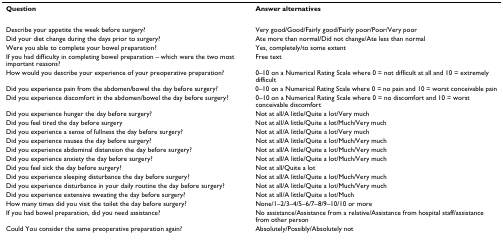
<table><thead><tr><td><b>Question</b></td><td><b>Answer alternatives</b></td></tr></thead><tbody><tr><td>Describe your appetite the week before surgery?</td><td>Very good/Good/Fairly good/Fairly poor/Poor/Very poor</td></tr><tr><td>Did your diet change during the days prior to surgery?</td><td>Ate more than normal/Did not change/Ate less than normal</td></tr><tr><td>Were you able to complete your bowel preparation?</td><td>Yes, completely/to some extent</td></tr><tr><td>If you had difficulty in completing bowel preparation – which were the two most important reasons?</td><td>Free text</td></tr><tr><td>How would you describe your experience of your preoperative preparation?</td><td>0–10 on a Numerical Rating Scale where 0 = not difficult at all and 10 = extremely difficult</td></tr><tr><td>Did you experience pain from the abdomen/bowel the day before surgery?</td><td>0–10 on a Numerical Rating Scale where 0 = no pain and 10 = worst conceivable pain</td></tr><tr><td>Did you experience discomfort in the abdomen/bowel the day before surgery?</td><td>0–10 on a Numerical Rating Scale where 0 = no discomfort and 10 = worst conceivable discomfort</td></tr><tr><td>Did you experience hunger the day before surgery?</td><td>Not at all/A little/Quite a lot/Very much</td></tr><tr><td>Did you feel tired the day before surgery</td><td>Not at all/A little/Quite a lot/Much/Very much</td></tr><tr><td>Did you experience a sense of fullness the day before surgery?</td><td>Not at all/A little/Quite a lot/Very much</td></tr><tr><td>Did you experience nausea the day before surgery?</td><td>Not at all/A little/Quite a lot/Much/Very much</td></tr><tr><td>Did you experience abdominal distension the day before surgery?</td><td>Not at all/A little/Quite a lot/Much/Very much</td></tr><tr><td>Did you experience anxiety the day before surgery?</td><td>Not at all/A little/Quite a lot/Much/Very much</td></tr><tr><td>Did you feel sick the day before surgery?</td><td>Not at all/Quite a lot</td></tr><tr><td>Did you experience sleeping disturbance the day before surgery?</td><td>Not at all/A little/Quite a lot/Much/Very much</td></tr><tr><td>Did you experience disturbance in your daily routine the day before surgery?</td><td>Not at all/A little/Quite a lot/Much/Very much</td></tr><tr><td>Did you experience extensive sweating the day before surgery?</td><td>Not at all/A little/Quite a lot/Much</td></tr><tr><td>How many times did you visit the toilet the day before surgery?</td><td>None/1–2/3–4/5–6/7–8/9–10/10 or more</td></tr><tr><td>If you had bowel preparation, did you need assistance?</td><td>No assistance/Assistance from a relative/Assistance from hospital staff/assistance from other person</td></tr><tr><td>Could You consider the same preoperative preparation again?</td><td>Absolutely/Possibly/Absolutely not</td></tr></tbody></table>